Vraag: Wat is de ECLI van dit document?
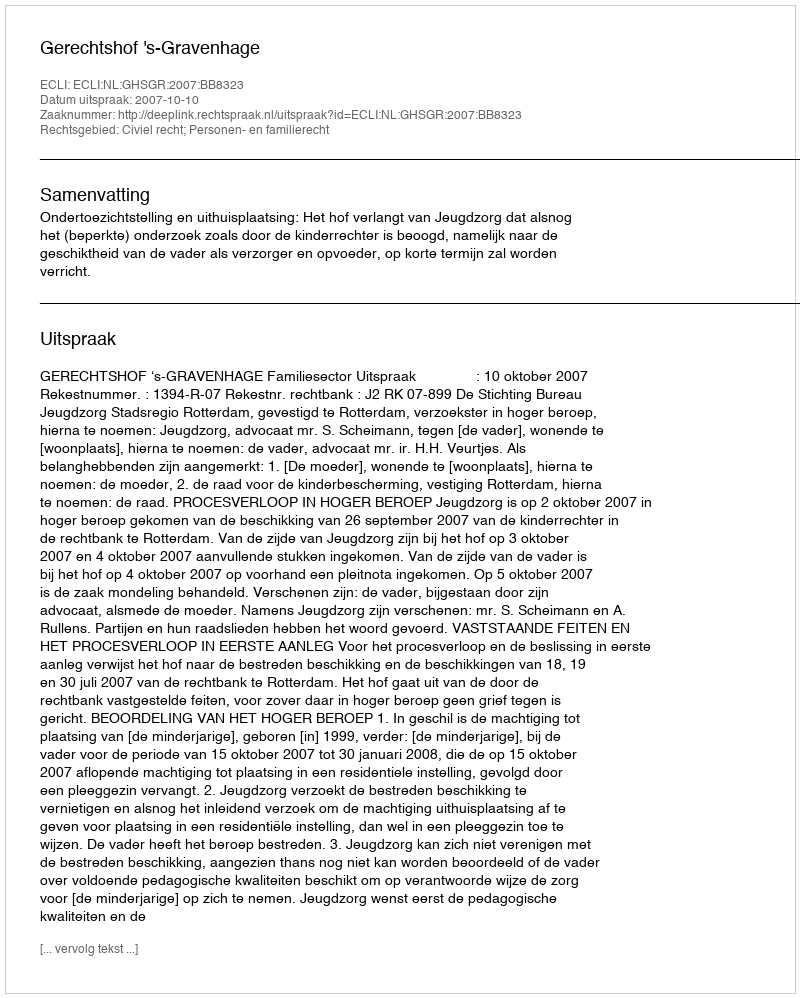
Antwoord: ECLI:NL:GHSGR:2007:BB8323